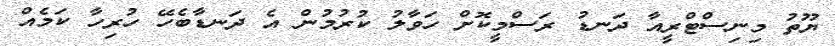
ޔޫތު މިނިސްޓްރީއާ ދަނޑު ރަސްމީކޮށް ހަވާލު ކުރުމުން އެ ދަނޑާބެހޭ ހުރިހާ ކަމެއް